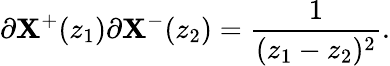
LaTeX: \partial\mathbf{X}^{+}(z_{1})\partial\mathbf{X}^{-}(z_{2})=\frac{{1}}{{(z_{1}-z_{2})^{2}}}.